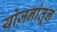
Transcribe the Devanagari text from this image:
योजनांतून